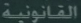
اللَّهُمْ